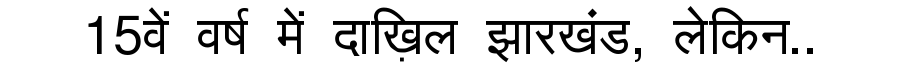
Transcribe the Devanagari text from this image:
15वें वर्ष में दाख़िल झारखंड, लेकिन..